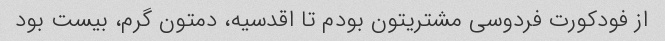
از فودکورت فردوسی مشتریتون بودم تا اقدسیه، دمتون گرم، بیست بود